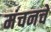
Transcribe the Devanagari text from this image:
मंचनचे